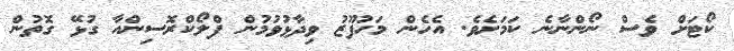
ކޯޓަށް ވެސް ނޯންނާނެ ކަމަށެވެ. އެހެން މަހުފޫޒު ވިދާޅުވުމުން ފްލޯކްރޮސިންއާ ގުޅޭ ގޮތުން